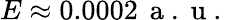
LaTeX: E\approx 0.0002\, \mathrm{~a~.~u~.~}